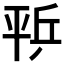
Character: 𰏨